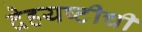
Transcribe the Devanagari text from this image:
देहयष्टीची